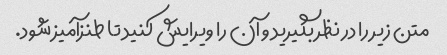
متن زیر را در نظر بگیرید و آن را ویرایش کنید تا طنزآمیز شود.